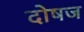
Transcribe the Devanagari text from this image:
दोषज